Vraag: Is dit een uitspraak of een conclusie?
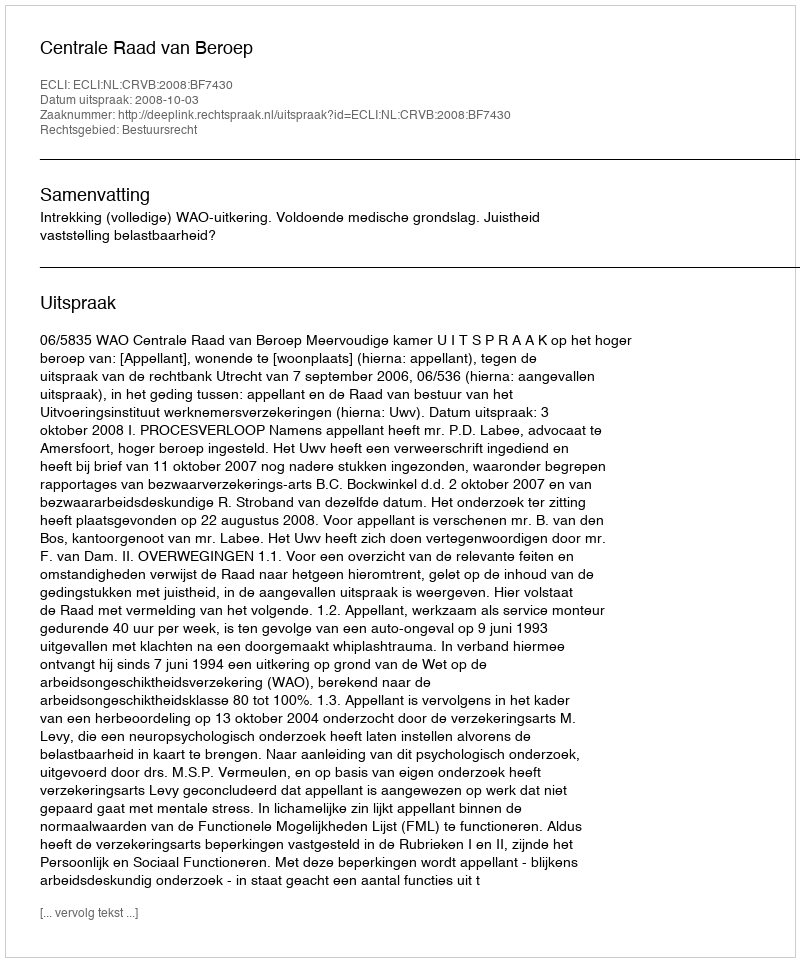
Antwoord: Uitspraak